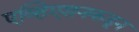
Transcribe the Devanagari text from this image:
एव्हिएशनकडून